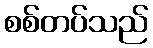
စစ်တပ်သည်